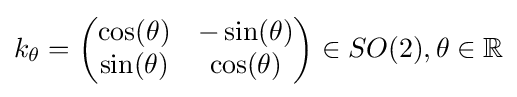
k_{\theta }={\begin{pmatrix}\cos(\theta )&-\sin(\theta )\\\sin(\theta )&\cos(\theta )\\\end{pmatrix}}\in SO(2),\theta \in \mathbb {R}